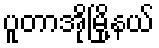
ပူတာအိုမြို့နယ်